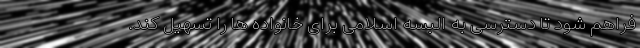
فراهم شود تا دسترسی به البسه اسلامی برای خانواده ها را تسهیل کند.